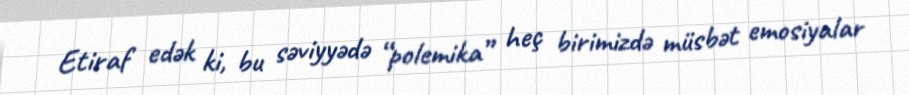
Etiraf edək ki, bu səviyyədə “polemika” heç birimizdə müsbət emosiyalar